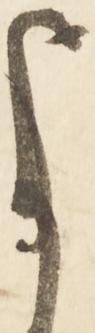
よ